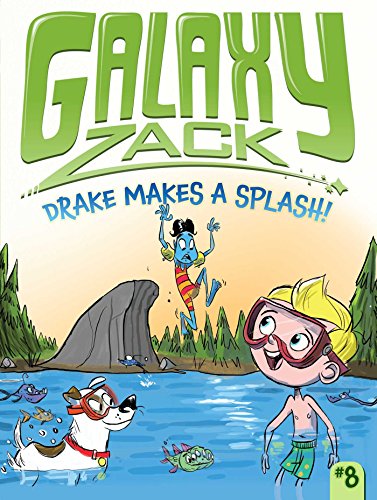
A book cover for Drake Makes a Splash! (Galaxy Zack); Ray O'Ryan; Children's Books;